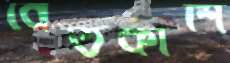
বেতকাশি